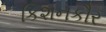
કિશનકૌર